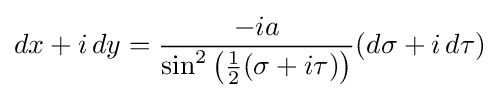
dx+i\,dy={\frac {-ia}{\sin ^{2}{\bigl (}{\tfrac {1}{2}}(\sigma +i\tau ){\bigr )}}}(d\sigma +i\,d\tau )